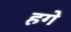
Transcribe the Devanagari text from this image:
हगे